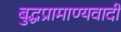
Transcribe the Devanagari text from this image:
बुद्धप्रामाण्यवादी